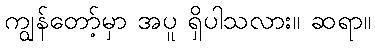
ကျွန်တော့်မှာ အပူ ရှိပါသလား။ ဆရာ။